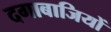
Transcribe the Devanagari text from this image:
दगाबाजियों